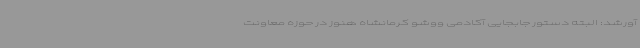
آورشد: البته دستور جابجایی آکادمی ووشو کرمانشاه هنوز در حوزه معاونت